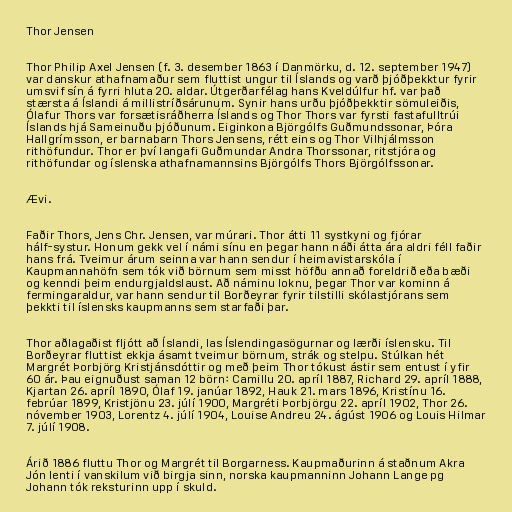
Thor Jensen

Thor Philip Axel Jensen (f. 3. desember 1863 í Danmörku, d. 12. september 1947)
var danskur athafnamaður sem fluttist ungur til Íslands og varð þjóðþekktur fyrir
umsvif sín á fyrri hluta 20. aldar. Útgerðarfélag hans Kveldúlfur hf. var það
stærsta á Íslandi á millistríðsárunum. Synir hans urðu þjóðþekktir sömuleiðis,
Ólafur Thors var forsætisráðherra Íslands og Thor Thors var fyrsti fastafulltrúi
Íslands hjá Sameinuðu þjóðunum. Eiginkona Björgólfs Guðmundssonar, Þóra
Hallgrímsson, er barnabarn Thors Jensens, rétt eins og Thor Vilhjálmsson
rithöfundur. Thor er því langafi Guðmundar Andra Thorssonar, ritstjóra og
rithöfundar og íslenska athafnamannsins Björgólfs Thors Björgólfssonar.

Ævi.

Faðir Thors, Jens Chr. Jensen, var múrari. Thor átti 11 systkyni og fjórar
hálf-systur. Honum gekk vel í námi sínu en þegar hann náði átta ára aldri féll faðir
hans frá. Tveimur árum seinna var hann sendur í heimavistarskóla í
Kaupmannahöfn sem tók við börnum sem misst höfðu annað foreldrið eða bæði
og kenndi þeim endurgjaldslaust. Að náminu loknu, þegar Thor var kominn á
fermingaraldur, var hann sendur til Borðeyrar fyrir tilstilli skólastjórans sem
þekkti til íslensks kaupmanns sem starfaði þar.

Thor aðlagaðist fljótt að Íslandi, las Íslendingasögurnar og lærði íslensku. Til
Borðeyrar fluttist ekkja ásamt tveimur börnum, strák og stelpu. Stúlkan hét
Margrét Þorbjörg Kristjánsdóttir og með þeim Thor tókust ástir sem entust í yfir
60 ár. Þau eignuðust saman 12 börn: Camillu 20. apríl 1887, Richard 29. apríl 1888,
Kjartan 26. apríl 1890, Ólaf 19. janúar 1892, Hauk 21. mars 1896, Kristínu 16.
febrúar 1899, Kristjönu 23. júlí 1900, Margréti Þorbjörgu 22. apríl 1902, Thor 26.
nóvember 1903, Lorentz 4. júlí 1904, Louise Andreu 24. ágúst 1906 og Louis Hilmar
7. júlí 1908.

Árið 1886 fluttu Thor og Margrét til Borgarness. Kaupmaðurinn á staðnum Akra
Jón lenti í vanskilum við birgja sinn, norska kaupmanninn Johann Lange pg
Johann tók reksturinn upp í skuld.